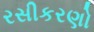
રસીકરણો